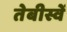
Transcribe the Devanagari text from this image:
तेबीस्वें